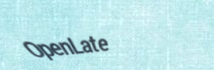
OpenLate